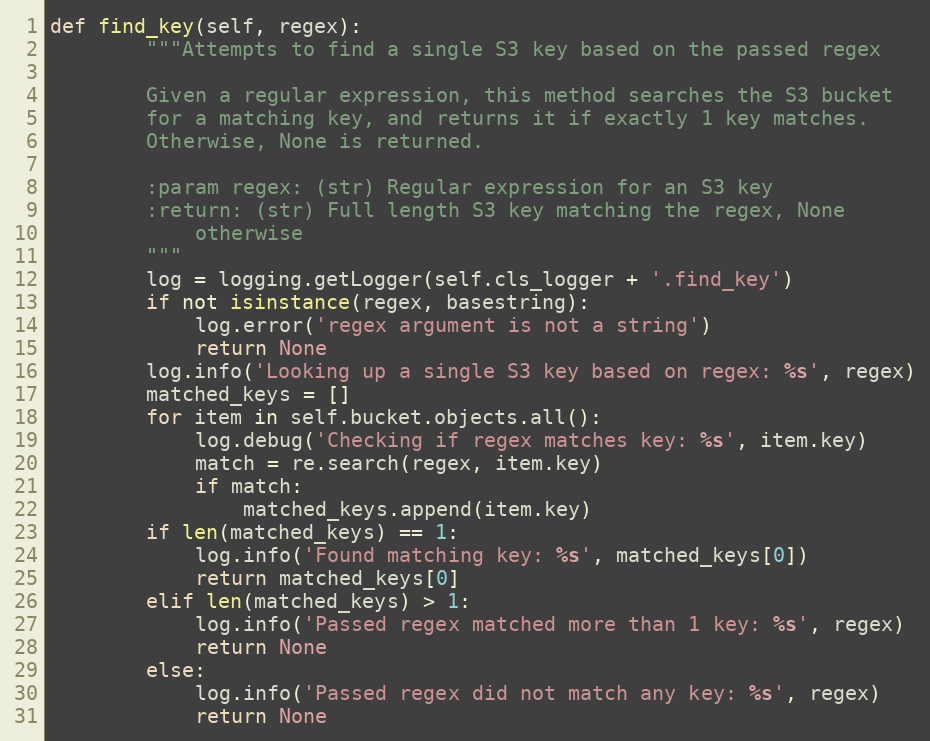
Language: Python
def find_key(self, regex):
        """Attempts to find a single S3 key based on the passed regex

        Given a regular expression, this method searches the S3 bucket
        for a matching key, and returns it if exactly 1 key matches.
        Otherwise, None is returned.

        :param regex: (str) Regular expression for an S3 key
        :return: (str) Full length S3 key matching the regex, None
            otherwise
        """
        log = logging.getLogger(self.cls_logger + '.find_key')
        if not isinstance(regex, basestring):
            log.error('regex argument is not a string')
            return None
        log.info('Looking up a single S3 key based on regex: %s', regex)
        matched_keys = []
        for item in self.bucket.objects.all():
            log.debug('Checking if regex matches key: %s', item.key)
            match = re.search(regex, item.key)
            if match:
                matched_keys.append(item.key)
        if len(matched_keys) == 1:
            log.info('Found matching key: %s', matched_keys[0])
            return matched_keys[0]
        elif len(matched_keys) > 1:
            log.info('Passed regex matched more than 1 key: %s', regex)
            return None
        else:
            log.info('Passed regex did not match any key: %s', regex)
            return None